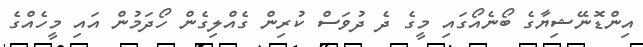
އިންޑޮނޭޝިޔާގެ ބޯނެއޯގައި މީގެ ދެ ދުވަސް ކުރިން ގެއްލިގެން ހޯދަމުން އައި މީހެއްގެ